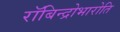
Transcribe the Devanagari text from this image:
रॉबिन्द्रोभारोति